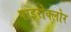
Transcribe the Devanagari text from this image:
पाइरोक्लोर